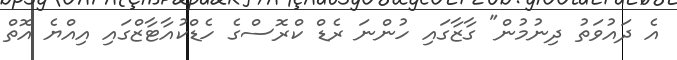
އެ ދައުވަތު ދިނުމުން" ގާޒާގައި ހުންނަ ރެޑް ކްރޮސްގެ ހެޑްކުއާޓާޒްގައި އިއްޔެ އޮތް